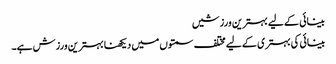
بینائی کے لیے بہترین ورزشیں
بینائی کی بہتری کے لیے مختلف سمتوں میں دیکھنا بہترین ورزش ہے۔